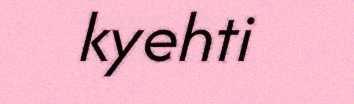
kyehti